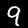
Digit: 9